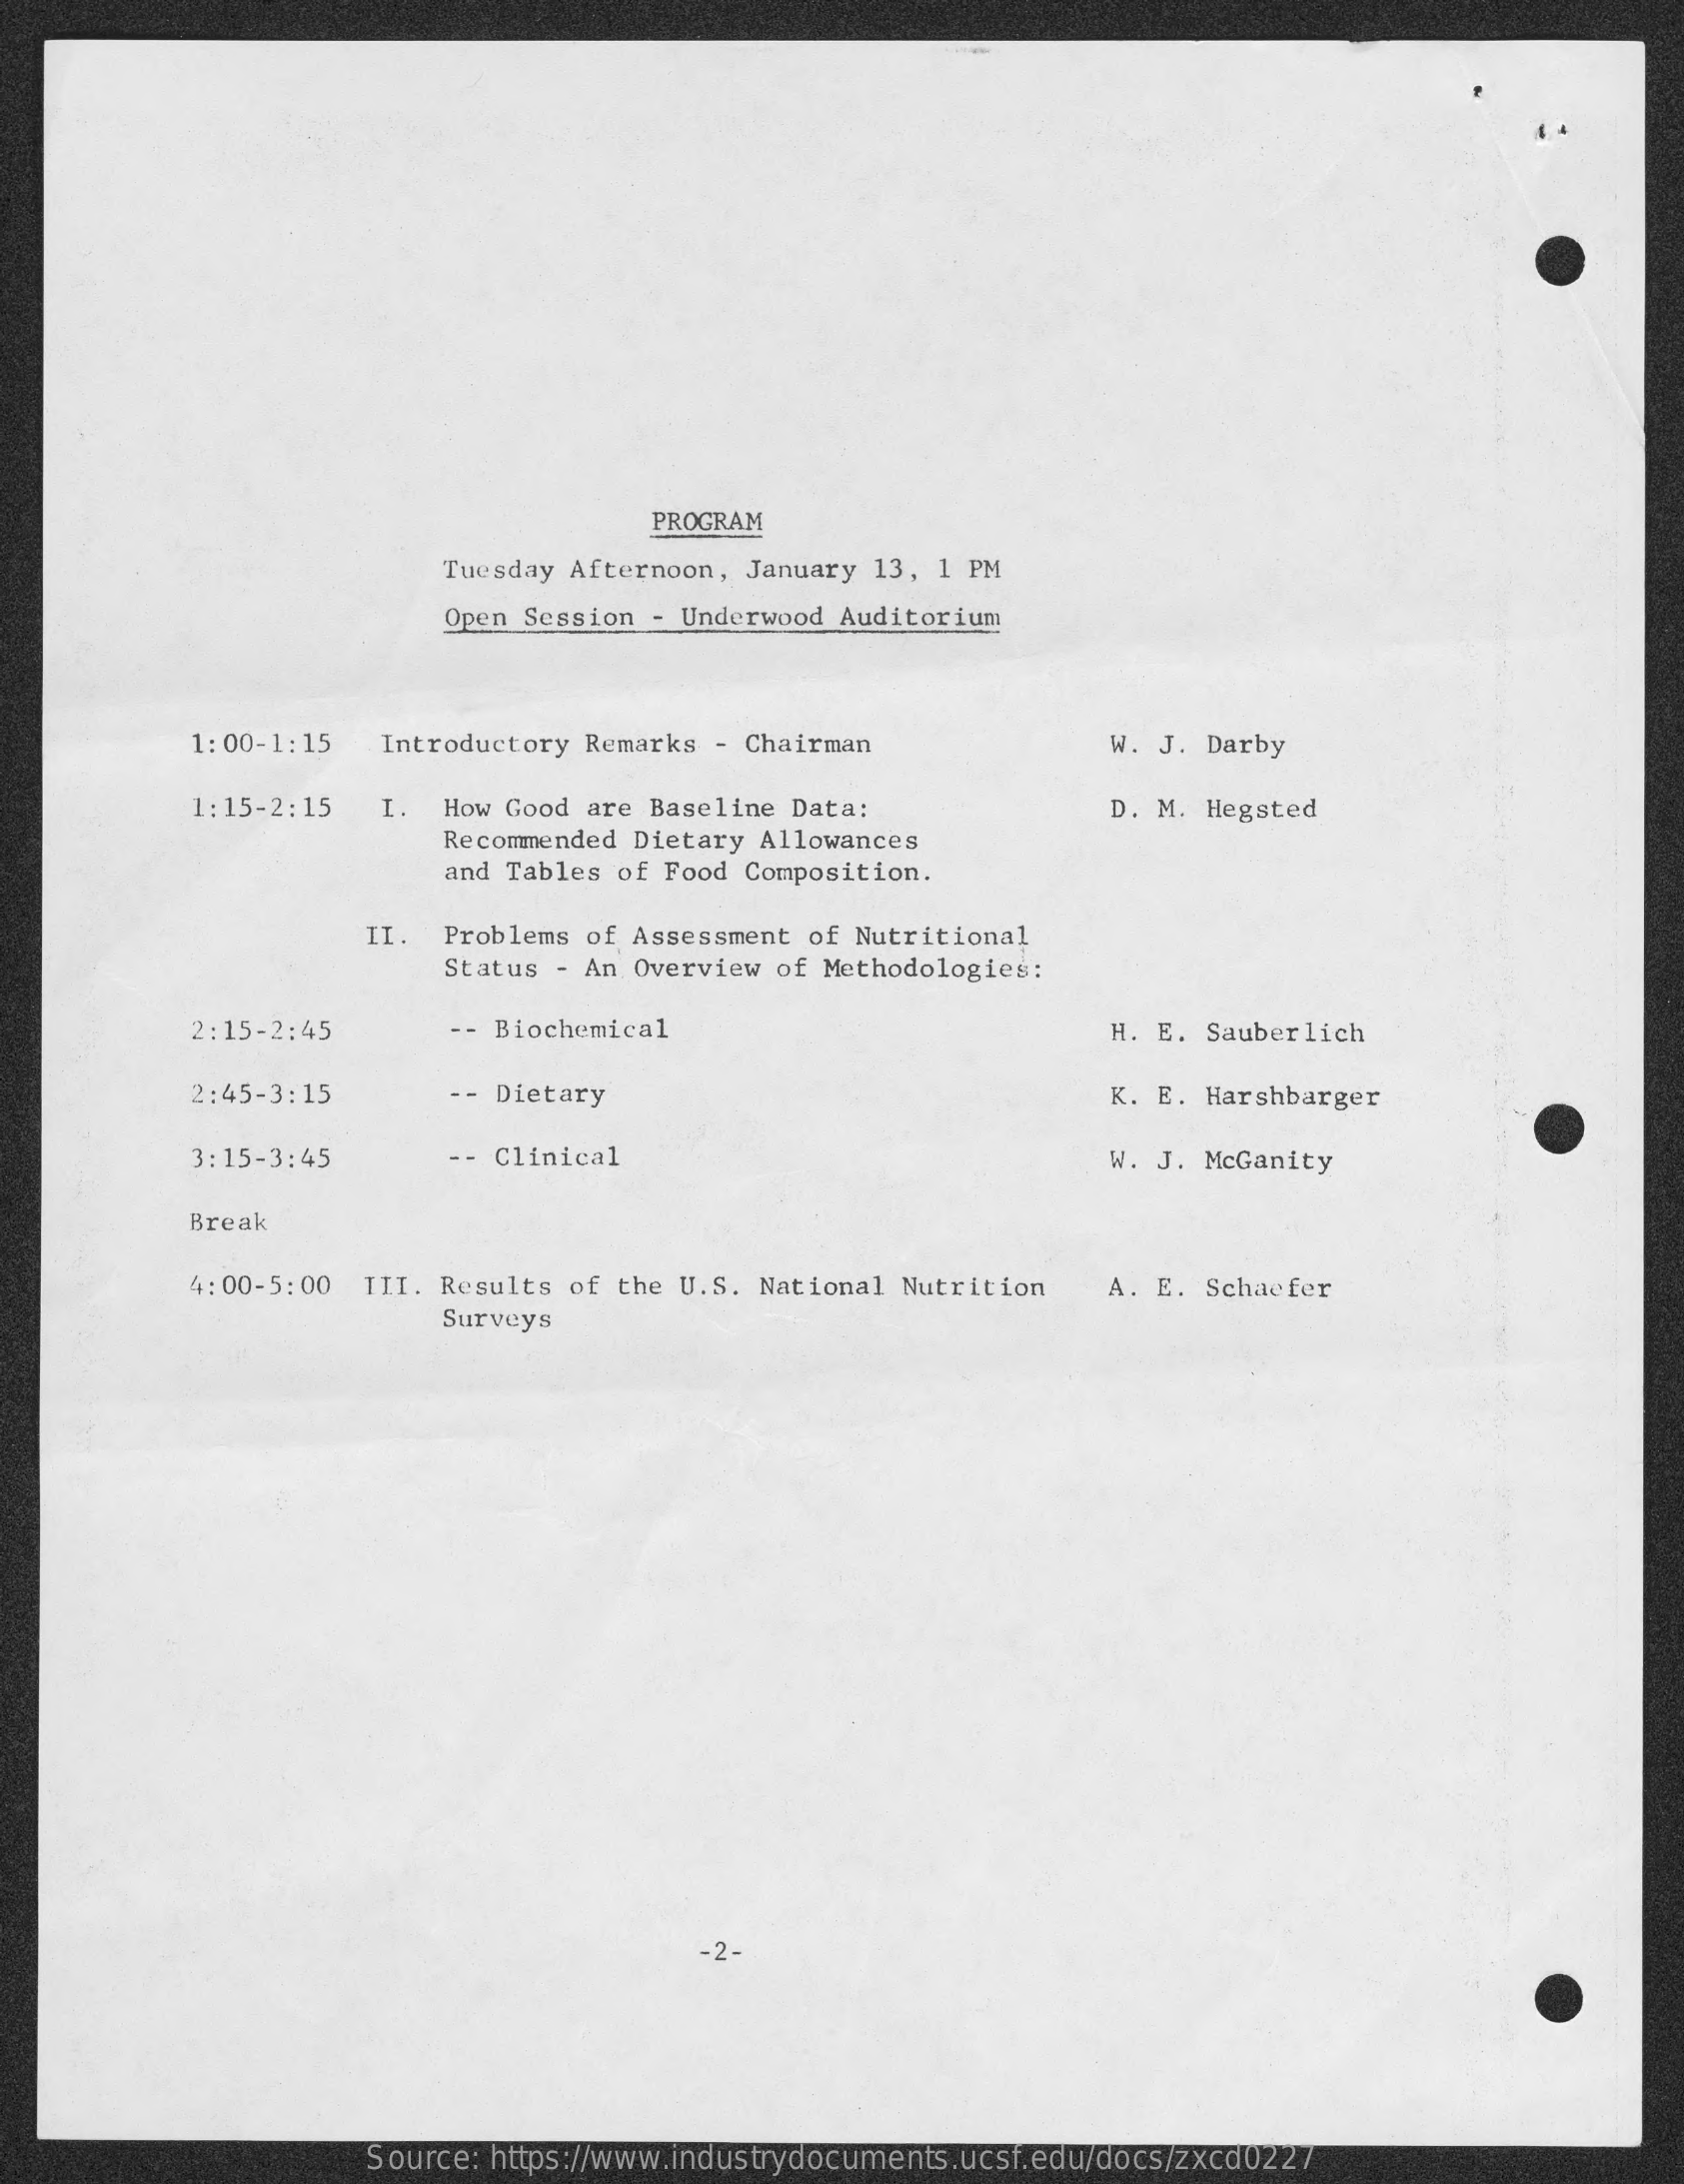
PROGRAM
     Tuesday Afternoon, January 13, 1 PM
     Open Session - Underwood Auditorium
     1:00-1:15   Introductory Remarks - Chairman    W. J. Darby
     1:15-2:15   I.  How Good are Baseline Data:
     Recommended Dietary Allowances
     D. M. Hegsted
     and Tables of Food Composition.
     II. Problems of Assessment of Nutritional
     Status - An Overview of Methodologies:
     2:15-2:45    -- Biochemical    H. E. Sauberlich
     2:45-3:15    -- Dietary    K. E. Harshbarger
     3:15-3:45    -- Clinical    W. J. McGanity
     Break
     4:00-5:00  TII. Results of the U.S. National Nutrition   A. E. Schaefer
     Surveys
     -2-
     Source: https://www.industrydocuments.ucsf.edu/docs/zxcd0227